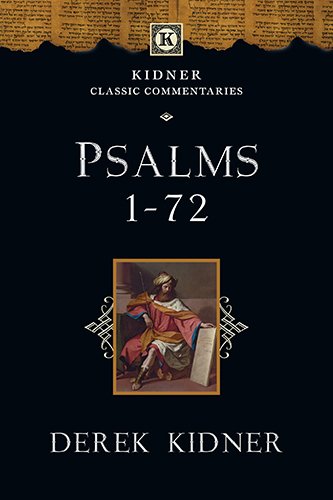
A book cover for Psalms 1-72 (Kidner Classic Commentaries); Derek Kidner; Christian Books & Bibles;